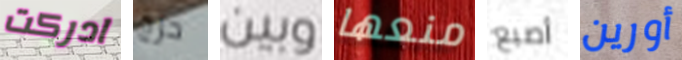
ادركت حرج وبين منعها أصبع أورين